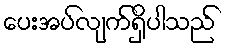
ပေးအပ်လျက်ရှိပါသည်